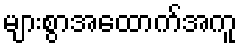
များစွာအထောက်အကူ